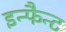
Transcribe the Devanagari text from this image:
इन्फैन्ट